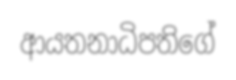
ආයතනාධිපතිගේ